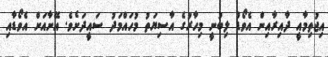
އިޖުތިމާއީ ދާއިރާއިން އެވޯޑް ލިބުނީ މިހާރުގެ އާސިޔަތު މުހައްމަދު ސައީދަށެވެ. އޭނާއަށް އެވޯޑާއި